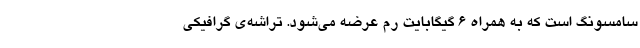
سامسونگ است که به همراه 6 گیگابایت رم عرضه می‌شود. تراشه‌ی گرافیکی